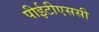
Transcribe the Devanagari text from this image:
पीईटीएससी